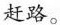
赶路。